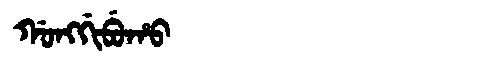
Manchu: ᡤᠣᠩᡤᡳᠪᡠᡥᠣ
Romanization: GONGGIBUHO